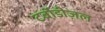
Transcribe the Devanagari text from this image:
टर्बोडीज़ल